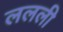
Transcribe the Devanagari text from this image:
ललली